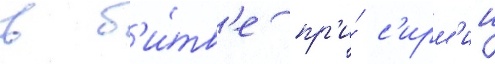
в б'и́тв'е пр'и́ с'ирм'ии